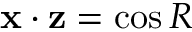
\mathbf { x } \cdot \mathbf { z } = \cos R